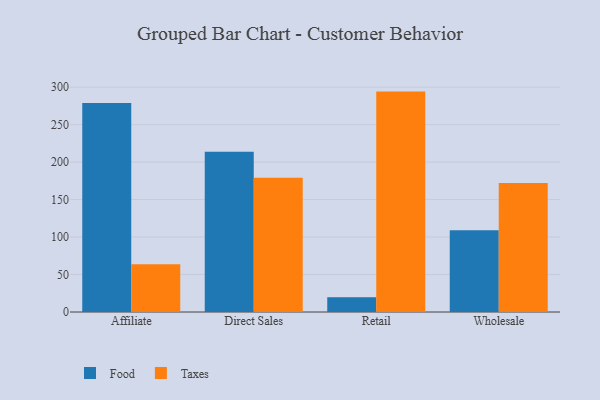
{"axis": {"x": "Channel", "y": "Bounce Rate (%)"}, "legend": ["Food", "Taxes"], "data": [{"x": "Affiliate", "y": 278.9, "type": "Food"}, {"x": "Affiliate", "y": 63.8, "type": "Taxes"}, {"x": "Direct Sales", "y": 213.7, "type": "Food"}, {"x": "Direct Sales", "y": 179.1, "type": "Taxes"}, {"x": "Retail", "y": 19.7, "type": "Food"}, {"x": "Retail", "y": 294.1, "type": "Taxes"}, {"x": "Wholesale", "y": 109.1, "type": "Food"}, {"x": "Wholesale", "y": 172.2, "type": "Taxes"}]}